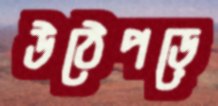
উঠেপড়ে